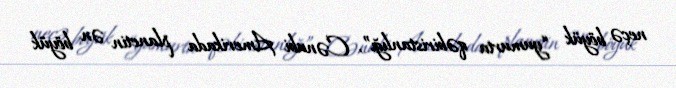
neçə böyük “yumurta qəbiristanlığı”, Cənubi Amerikada planetin ən böyük